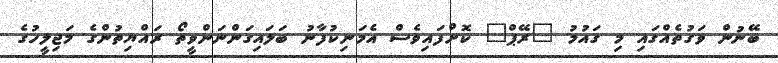
ބޭނުން ވަގުތެއްގައި މި ގައުމު "ރޭޕް" ކޮށްފައިވެސް އެމަނިކުފާނު ބަލައިގަންނަންވީތޯ ރައްޔިތުންގެ މަޖިލީހުގެ